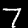
Digit: 7